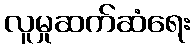
လူမှုဆက်ဆံရေး